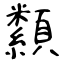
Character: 纇